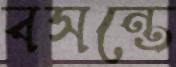
বসন্তে